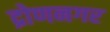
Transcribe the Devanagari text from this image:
द्रोणनगर